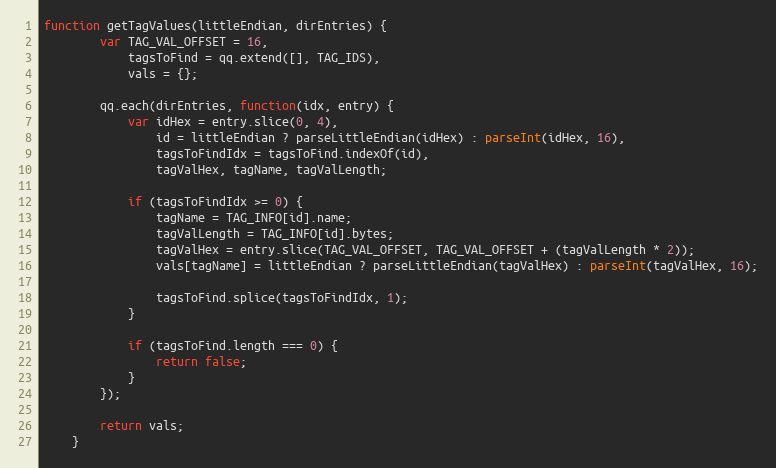
Language: JavaScript
function getTagValues(littleEndian, dirEntries) {
        var TAG_VAL_OFFSET = 16,
            tagsToFind = qq.extend([], TAG_IDS),
            vals = {};

        qq.each(dirEntries, function(idx, entry) {
            var idHex = entry.slice(0, 4),
                id = littleEndian ? parseLittleEndian(idHex) : parseInt(idHex, 16),
                tagsToFindIdx = tagsToFind.indexOf(id),
                tagValHex, tagName, tagValLength;

            if (tagsToFindIdx >= 0) {
                tagName = TAG_INFO[id].name;
                tagValLength = TAG_INFO[id].bytes;
                tagValHex = entry.slice(TAG_VAL_OFFSET, TAG_VAL_OFFSET + (tagValLength * 2));
                vals[tagName] = littleEndian ? parseLittleEndian(tagValHex) : parseInt(tagValHex, 16);

                tagsToFind.splice(tagsToFindIdx, 1);
            }

            if (tagsToFind.length === 0) {
                return false;
            }
        });

        return vals;
    }